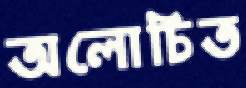
অলোচিত